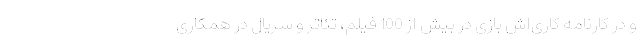
و در کارنامه کاری‌اش بازی در بیش از 100 فیلم، تئاتر و سریال در همکاری